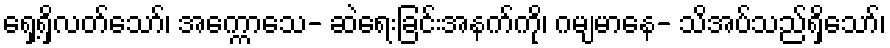
ရှေ့ရှိလတ်သော်၊ အက္ကောသေ- ဆဲရေးခြင်းအနက်ကို၊ ဂမျမာနေ- သိအပ်သည်ရှိသော်၊